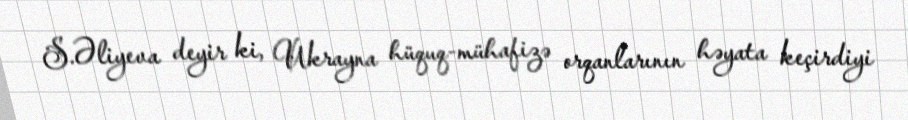
S.Əliyeva deyir ki, Ukrayna hüquq-mühafizə orqanlarının həyata keçirdiyi